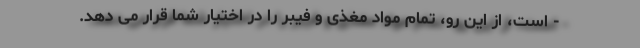
- است، از این رو، تمام مواد مغذی و فیبر را در اختیار شما قرار می دهد.